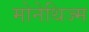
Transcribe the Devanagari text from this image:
मोनेथिज्म